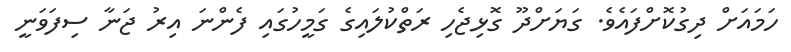
ހަމައަށް ދިގުކޮށްފައެވެ. ގަޔަށްދޫ ގޮޅިޖެހި ރަތްކުލައިގެ ގަމީހުގައި ފެންނަ އިރު ޖަނާ ސިފަވަނީ